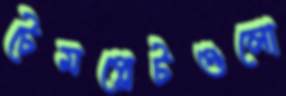
টেমপ্লেটগুলো